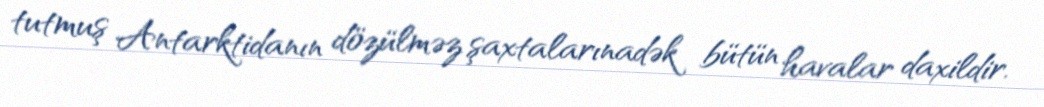
tutmuş Antarktidanın dözülməz şaxtalarınadək bütün havalar daxildir.